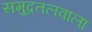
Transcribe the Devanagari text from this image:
समुद्रतलवाला